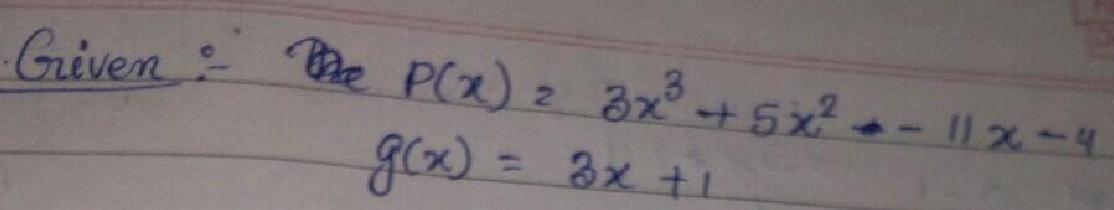
Given: \(P(x)=3x^{3}+5x^{2}-11x - 4\), \(g(x)=3x + 1\)